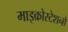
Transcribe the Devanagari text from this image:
माइक्रोस्टेशनों